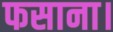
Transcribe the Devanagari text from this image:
फसाना।